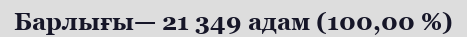
Барлығы— 21 349 адам (100,00 %)